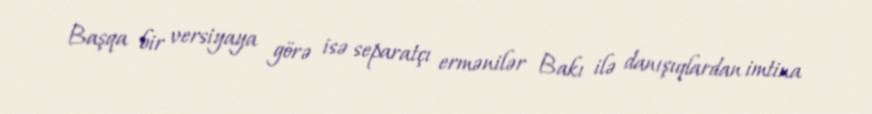
Başqa bir versiyaya görə isə separatçı ermənilər Bakı ilə danışıqlardan imtina